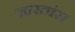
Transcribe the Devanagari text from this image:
जारतांस